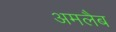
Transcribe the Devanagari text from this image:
अमलैब